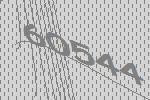
60544